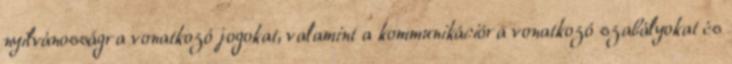
nyilvánosságra vonatkozó jogokat, valamint a kommunikációra vonatkozó szabályokat és